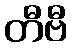
တီဗီ